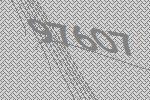
97607